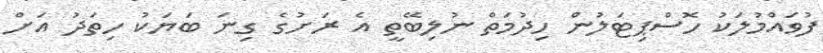
ފުވައްމުލަކު ހޮސްޕިޓަލުން ހިދުމަތް ނުލިބޭތީ އެ ރަށުގެ ގިނަ ބަޔަކު ހިތަދު އަށް